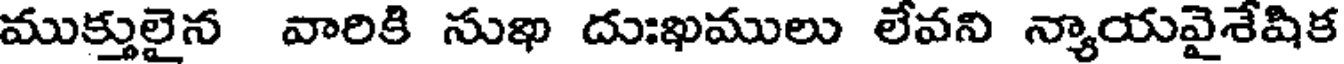
ముక్తులైన వారికి నుఖ దుఃఖములు లేవని న్యాయవైశేషిక